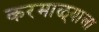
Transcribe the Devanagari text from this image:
करमाळ्याला